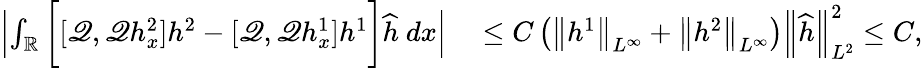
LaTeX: \begin{array}{rl}{\left|\int_{\mathbb R}\bigg[[\mathscr{Q},\mathscr{Q}h_{x}^{2}]h^{2}-[\mathscr{Q},\mathscr{Q}h_{x}^{1}]h^{1}\bigg]\widehat{h}\ dx\right|}&{{}\leq C\left(\left\| h^{1}\right\| _{L^{\infty}}+\left\| h^{2}\right\| _{L^{\infty}}\right)\left\| \widehat{h}\right\| _{L^{2}}^{2}\leq C,}\end{array}